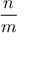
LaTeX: \frac { n } { m }